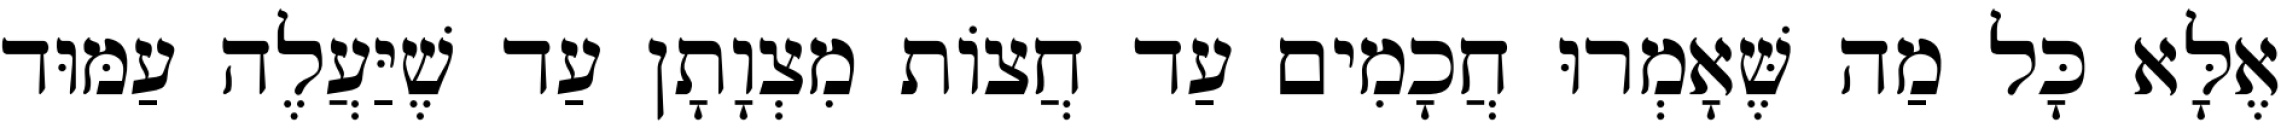
אֶלָּא כָּל מַה שֶּׁאָמְרוּ חֲכָמִים עַד חֲצוֹת מִצְוָתָן עַד שֶׁיַּעֲלֶה עַמּוּד